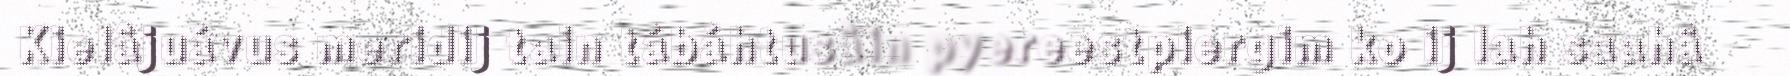
Kielâjuávus meridij tain tábáhtusâin pyereestpiergim ko ij lah saahâ